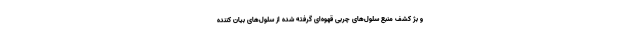
و بژ کشف منبع سلول‌های چربی قهوه‌ای گرفته شده از سلول‌های بیان کننده